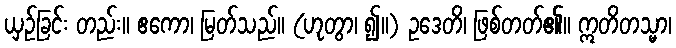
ယှဉ်ခြင်း တည်း။ ဧကော၊ မြတ်သည်။ (ဟုတွာ၊ ၍။) ဥဒေတိ၊ ဖြစ်တတ်၏။ ဣတိတသ္မာ၊